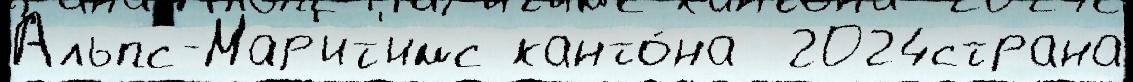
Альпс-Мар'ит'имс канто́на  2024страна